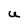
Character: U